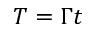
T = \Gamma t